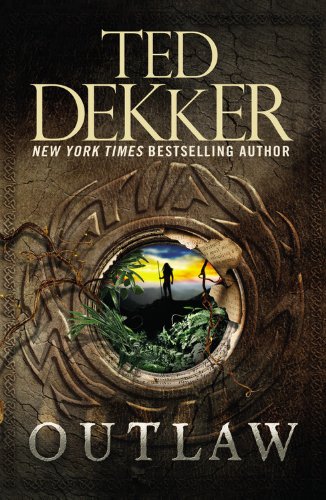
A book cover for Outlaw; Ted Dekker; Romance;